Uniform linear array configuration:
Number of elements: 32
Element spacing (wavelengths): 0.25
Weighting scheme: kaiser
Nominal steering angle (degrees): -45
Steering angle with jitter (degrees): -46.245
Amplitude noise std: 0.05
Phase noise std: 0.05

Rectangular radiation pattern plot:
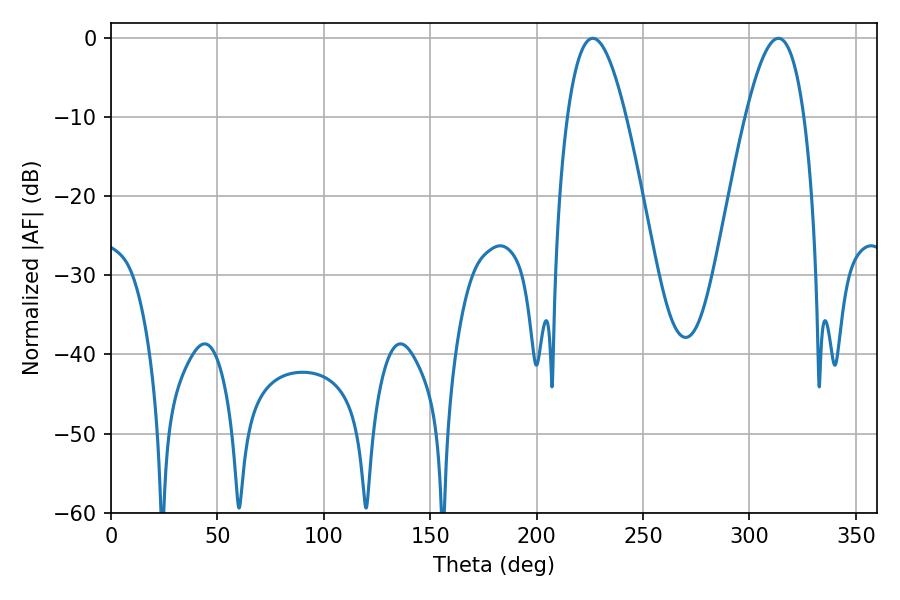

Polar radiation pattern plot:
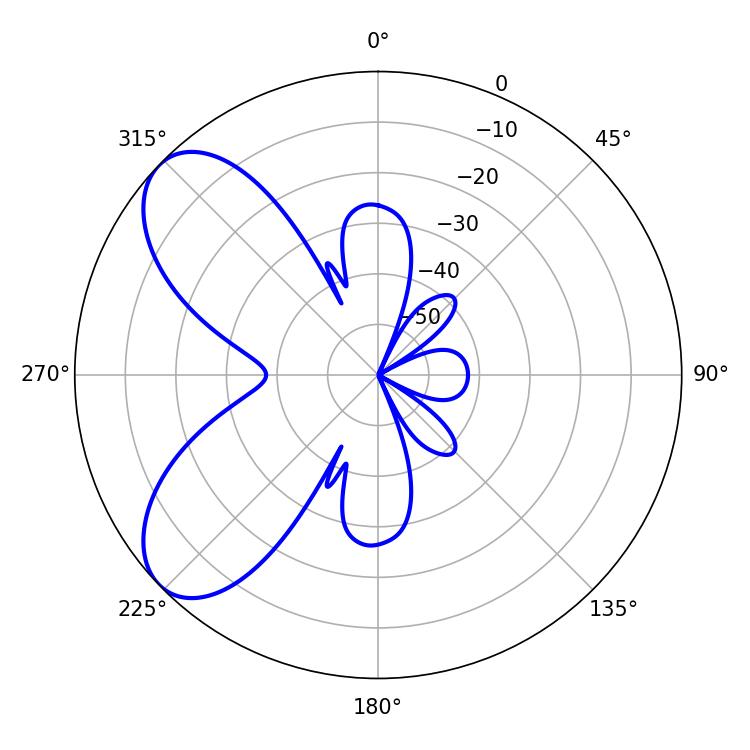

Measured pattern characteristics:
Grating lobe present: FALSE
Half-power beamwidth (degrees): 15.12
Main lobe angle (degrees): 226.44